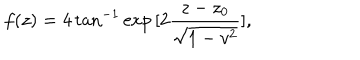
LaTeX: f ( z ) = 4 \tan ^ { - 1 } \exp { [ 2 \frac { z - z _ { 0 } } { \sqrt { 1 - v ^ { 2 } } } ] } ,